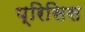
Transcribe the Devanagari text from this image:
प्रिसिस